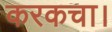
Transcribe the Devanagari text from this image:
करकचा।